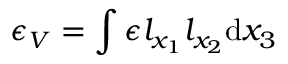
\epsilon _ { V } = \int { \epsilon l _ { x _ { 1 } } l _ { x _ { 2 } } \mathrm { d } x _ { 3 } }